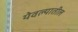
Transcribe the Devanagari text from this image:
येवल्यातील